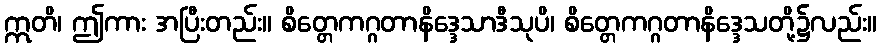
ဣတိ၊ ဤကား အပြီးတည်း။ စိတ္တေကဂ္ဂတာနိဒ္ဒေသာဒီသုပိ၊ စိတ္တေကဂ္ဂတာနိဒ္ဒေသတို့၌လည်း။